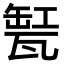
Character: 𤭬